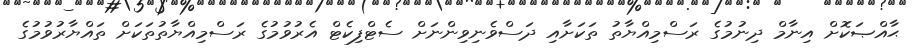
ޙާއްޞަކޮށް އިނާމް ދިނުމުގެ ރަސްމިއްޔާތު ތަކަށާއި ދަސްވެނިވިންނަށް ސެޓްފިކެޓް އެރުވުމުގެ ރަސްމިއްޔާތުތަކަށް ތައްޔާރުވުމުގެ